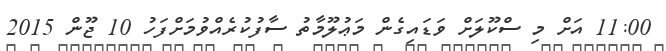
11:00 އަށް މި ސްކޫލަށް ވަޑައިގެން މަޢުލޫމާތު ސާފުކުރެއްވުމަށްފަހު 10 ޖޫން 2015